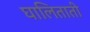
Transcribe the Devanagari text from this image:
घालिताती